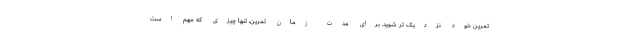
تمرین خود نزدیک تر شوید. برای مدت زمان تمرین، تنها چیزی که مهم است